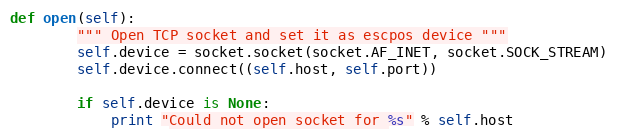
Language: Python
def open(self):
        """ Open TCP socket and set it as escpos device """
        self.device = socket.socket(socket.AF_INET, socket.SOCK_STREAM)
        self.device.connect((self.host, self.port))

        if self.device is None:
            print "Could not open socket for %s" % self.host